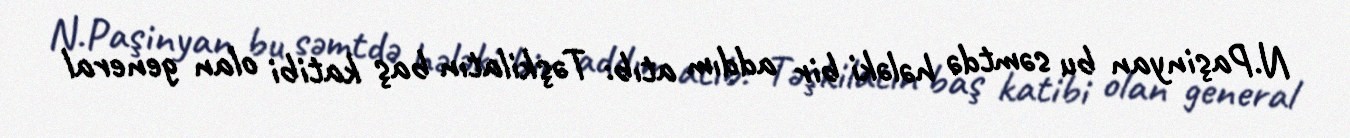
N.Paşinyan bu səmtdə hələki bir addım atıb: Təşkilatın baş katibi olan general